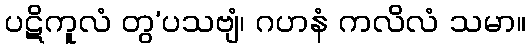
ပဋိကူလံ တွ’ပသဗျံ၊ ဂဟနံ ကလိလံ သမာ။